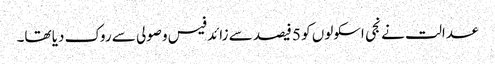
عدالت نے نجی اسکولوں کو 5 فیصد سے زائد فیس وصولی سے روک دیا تھا۔